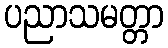
ပညာသမတ္တာ